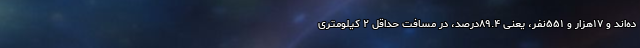
ده‌اند و ۱۷هزار و ۵۵۱نفر، یعنی ۸۹.۴درصد، در مسافت حداقل ۲ کیلومتری